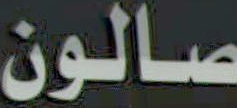
صالون